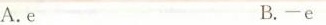
A.e B.-e